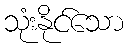
သုံးနိုင်သော